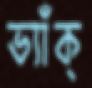
ভ্যাঁক্